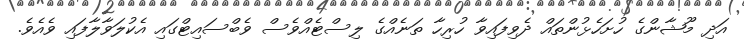
އަދި މޫޝާންގެ ހުށަހެޅުންތައް ދެވިފައިވާ ހުރިހާ ތަނެއްގެ ލިސްޓެއްވެސް ވެބްސައިޓްގައި އެކުލަވާލާފައި ވެއެވެ.